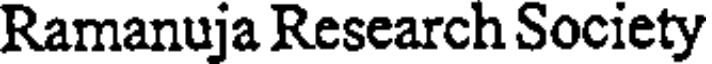
Ramanuja Research Society